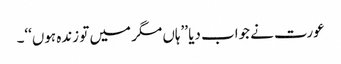
عورت نے جواب دیا ’’ہاں مگر میں تو زندہ ہوں‘‘۔